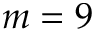
m = 9